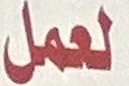
لعمل